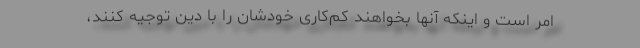
امر است و اینکه آنها بخواهند کم‌کاری خودشان را با دین توجیه کنند،